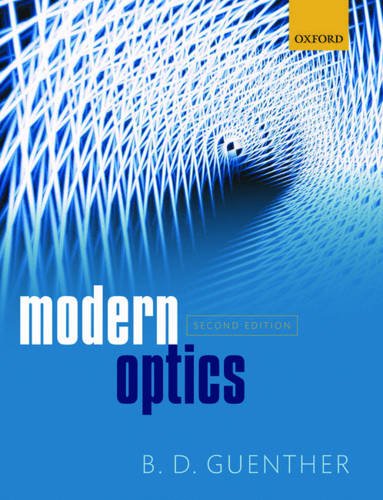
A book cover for Modern Optics; B.D. Guenther; Science & Math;